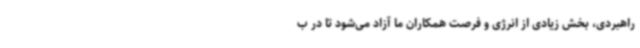
راهبردی، بخش زیادی از انرژی و فرصت همکاران ما آزاد می‌شود تا در ب